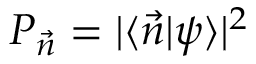
P _ { \vec { n } } = | \langle \vec { n } | \psi \rangle | ^ { 2 }